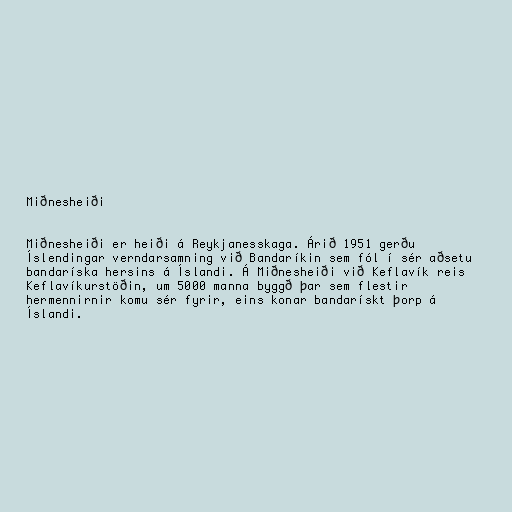
Miðnesheiði

Miðnesheiði er heiði á Reykjanesskaga. Árið 1951 gerðu
Íslendingar verndarsamning við Bandaríkin sem fól í sér aðsetu
bandaríska hersins á Íslandi. Á Miðnesheiði við Keflavík reis
Keflavíkurstöðin, um 5000 manna byggð þar sem flestir
hermennirnir komu sér fyrir, eins konar bandarískt þorp á
Íslandi.